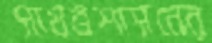
সায়ত্তশাসনের